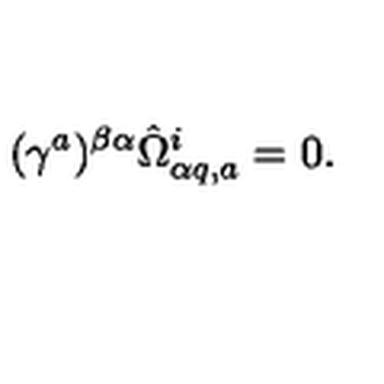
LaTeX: ( \gamma ^ { a } ) ^ { \beta \alpha } \hat { \Omega } _ { \alpha q , a } ^ { i } = 0 .